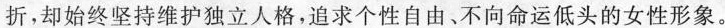
折，却始终坚持维护独立人格，追求个性自由、不向命运低头的女性形象。